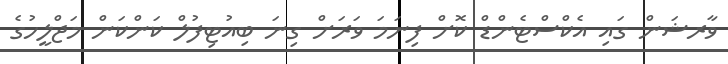
ވާރޝަން ގައި އެކްސްޓެންޑް ކޮށް ފިނަމަ ވަރަށް ގިނަ ބިއުޓިފުލް ކަންކަން މަޖްލީހުގެ